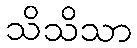
သိသိသာ